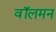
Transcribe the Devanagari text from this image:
वॉलमन